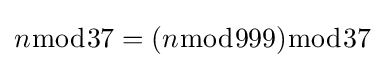
n{\bmod {3}}7=(n{\bmod {9}}99){\bmod {3}}7